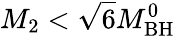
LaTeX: M_{\mathrm{2}}<\sqrt{6}M_{\mathrm{BH}}^{0}